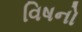
વિષનો